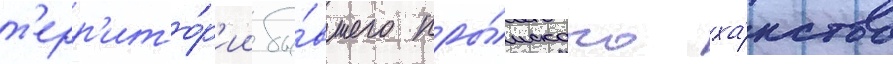
т'ерр'ито́р'ии бы́вшего кры́мского ха́нства